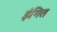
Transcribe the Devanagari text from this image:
इंगित